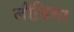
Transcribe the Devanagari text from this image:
लौढि़या